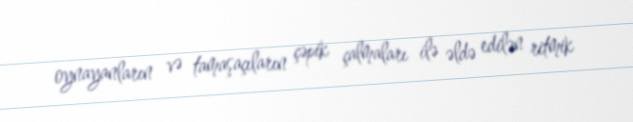
oynayanların və tamaşaçıların çəpik çalmaları ilə əldə edilən ritmik